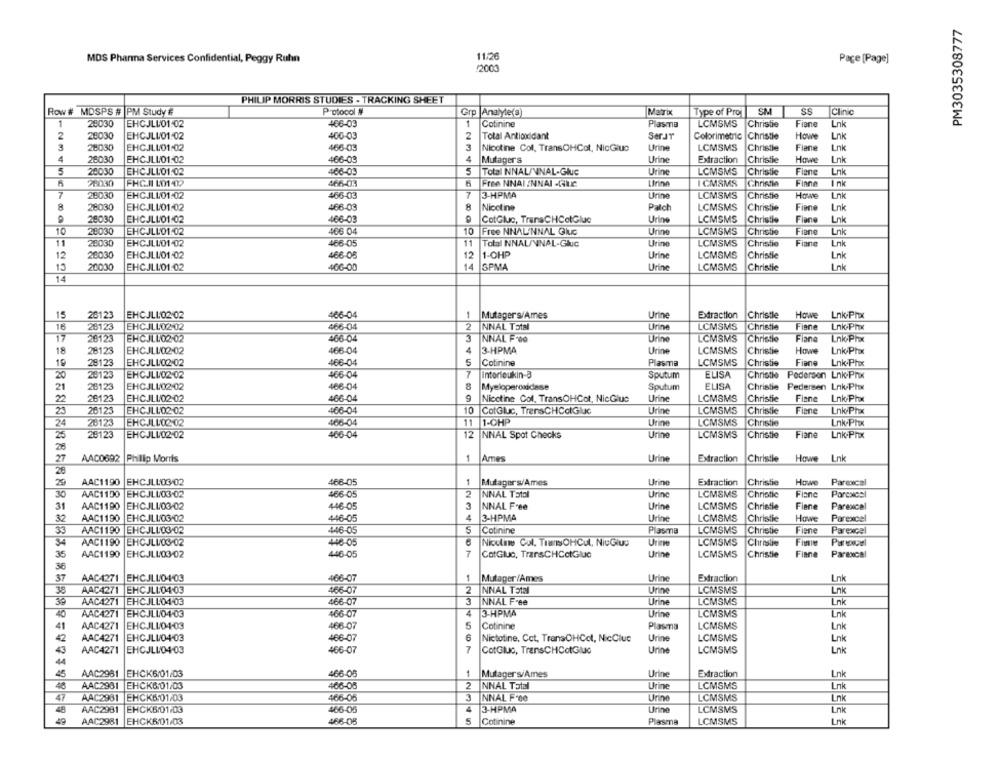
PM3035308777
MDS Pharma Services Confidential, Peggy Ruhn
11:26
Page [Page]
(2000
PHILIP MORRIS STUDIES - TRACKING SHEET
Row # MDSPS # PM Study #
Protocol #
Grp Analyte(@)
Marix
Type of Pro
SS
Clinic
1
28030
466-03
Cotinine
Plasma
LCMSMS
Fiane
Lnk
EHCJLLO1:02
1
Christie
2
28030
EHCJLLO1:02
400-03
2
Total Antioxidant
SerJr
Colorimetric
Christie
Howwe
Lnk
3
28030
EHCJLLO1:02
466-03
3
Nicotine Col. TransOHCot, NicGluc
Urine
LCMSMS
Christie
Fiene
Lnk
4
28030
EHCJLLO1:02
466-03
4
Mutager's
Urine
Extraction
Christie
Howe
Lnk
5
20030
EHCJLLO1:02
466-03
5
Total INNAL/VNAL-Gluc
Urine
LCMSMS
Christie
Flane
Link
20030
FHC.I L01-02
466-03
Free NNAI INNAI -GIC
Urine
ICMSMS
Christie
Finne
Ink
7
20030
EHCJLLO1:02
466-03
7
3-HPMA
Urine
LCMSMS
Christie
Howe
Lnk
8
28030
EHCJLLO1:02
466-03
8
Nicotine
Patch
LCMSMS
Finne
Lnk
Christie
29030
EHCJLLO1-02
466-03
CotGluc, TransCHColGluc
Urine
LCMSMS
Christie
Fiane
Lok
10
28030
EHCJLLO1:02
466 04
10
Free NNAL'NNAL Gluc
Urine
LCMSMS
Christie
Fiane
Lnk
1
28030
EHCJLL01-02
466-05
11
Total NNAL/VNAL-Gluc
Urine
LCMSMS
Christie
Fiane
Lnk
12
20030
EHCJLLO1:02
466-05
12
1-OHP
Urine
LCMSMS
Christie
Lnk
15
20030
EHCJLLO1:02
400-00
14 SPMA
Urine
LCMSMS
Christie
Link
14
15
26123
EHCJLI02-02
466-04
1
Mutager's/Ames
Urine
Extraction
Christie
Howe
Lnk-Phx
16
28123
EHCJLL02-02
466-04
2
NNAL Total
Urine
LCMSMS
Christie
Finne
Lnk-Phx
17
2012
EHCJLL02-02
466-04
3
NNAL F-00
Urine
LCMSMS
Christie
Fiane
Lnk-Phx
EHCJLL02-02
466-04
4
3-HPMA
Urine
LCMSMS
Christie
Howe
Lnk-Phx
18
28123
19
28123
EHCJLL02-02
466-04
5
Cotinine
Plasma
LCMSMS
Christie
Fiane
Lnk-Phx
EHCJLL02-02
7
Interleukin-3
ELISA
Christie Pedersen Lnk-Phx
20
261
466-04
Sputum
21
26123
EHCJLL02-02
466-04
Myeloperoxidase
Sputum
ELISA
Christie Pedersen Lnk-Phx
22
26123
EHCJLL02-02
466-04
Nicotine Col. TransOHCot, NicGluc
Urine
LCMSMS
Christie
Finne
Lnk-Phx
23
26125
EHCJLL02-02
466-04
10
CotGluc, TrensCHColGluc
Urine
LCMSMS
Christie
Fiane
Lnk-Phx
24
28123
EHCJLL02-02
466-04
11
1-OMP
Urine
LCMSMS
Christie
Lnk-Phx
25
28123
EHCJLU02-02
12
NNAL Spot Checks
Urine
LCMSMS
Christie
Fiane
Lnk-Pix
466-04
26
AAC0692
Philip Morris
1
27
Ames
Urine
Extraction
Christie
Howe Lnk
28
29
AAC1190
EHCJLL03/02
466-05
1
Mutagers/Ames
Urine
Extraction
Christie
Howe
Parexcel
30
AAC1190
EHCJLLO3-02
466-05
2
NNAL Total
Urinc
LCMSMS
Christie
Flanc
Porcaco
31
AAC1190 EHCJLL/03/02
46-05
3
NNAL Free
Urine
LCMSMS
Christie
Fiene
Parexcel
32
AAC1190
EHCJLLO3 02
446-05
4
3-HPMA
Urine
LCMSMS
Christie
Howe
Parexcel
33
AAC1190 EHCJLL03-02
446-05
S
Cotinine
Plasma
LCMSMS
Christie
Fiene
Parexcel
LCMSMS
34
AAC1 190 |EHCJLU03.02
446-05
Nicoline Col. TransOHCul, NicGlus
Urine
Christie
Firmie
35
AAC1190 |EHCJLLO3 02
446-05
7
CotGluc, TransCHCctGluc
Urine
LCMSMS
Christie
Finne
Parexcel
36
37
AAC4271
EHCJLLO4.03
466-07
1
Mutager/Ames
Urine
Extraction
Lnk
38
AAC4271
EHCJLL04.03
466-07
2
NNAL TS1al
Urine
LCMSMS
Lnk
39
AAC4271 EHCJLL04.03
466-07
3
NNAL Free
Urine
LCMSMS
Lnk
40
AAC4271
EHCJLLO4-03
466-07
4
3-HPMA
Urine
LCMSMS
Lnk
41
AAC4271
EHCJLLO4-03
5
Cotinine
Plasma
Lnk
466-07
LCMSMS
42
AAC4271
EHCJLU/04-03
466-07
6
Nictotine, Cet. TransOHCol, NicCluc
Urine
LCMSMS
Lnk
7
43
AAC4271
EHCJLU04.03
466-07
CotGluc, TransCHCotGluc
Urine
LCMSMS
Lnk
44
45
AAC2961
EHCK6/01/03
466-05
1
Mutagers/Ames
Urine
Extraction
Lnk
46
AAC2981
EHCK& 01/03
466-05
2
NNAL Total
Urine
LCMSMS
Lok
47
AAC2981
EHCK6/01/03
466-05
3
NNAL F'00
Urine
LCMSMS
Lnk
4
Urine
48
AAC2981
EHCK6/01.03
466-05
3-HPMA
LCMSMS
Lnk
49
AAC2981
EHCK6/01/03
466-05
Cotinine
Plasma
LCMSMS
Lnk